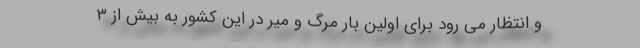
و انتظار می رود برای اولین بار مرگ و میر در این کشور به بیش از ۳